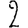
Digit: 2